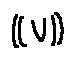
( ( V ) )